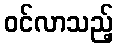
ဝင်လာသည့်